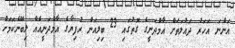
އަންނަ އަހަރު ދައުލަތަށް އާމްދަނީގެ ގޮތުގައި 23 ބިލިއަން ރުފިޔާގެ އާމްދަނީއެއް ލިބޭނެކަމަށް